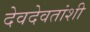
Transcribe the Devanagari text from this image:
देवदेवतांशी